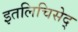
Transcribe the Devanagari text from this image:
इतलिचिसेद्